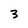
Character: 3